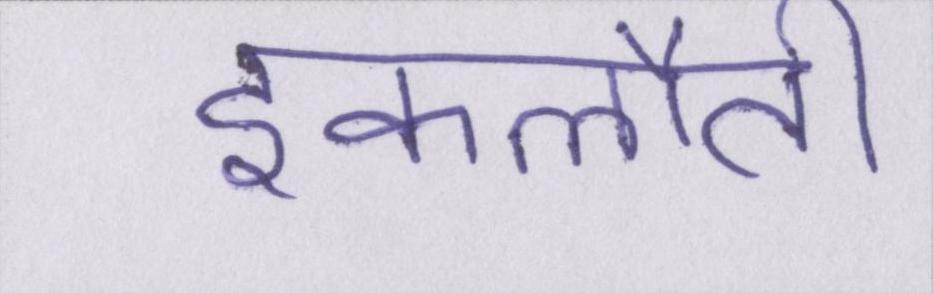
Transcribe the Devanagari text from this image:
इकलौती